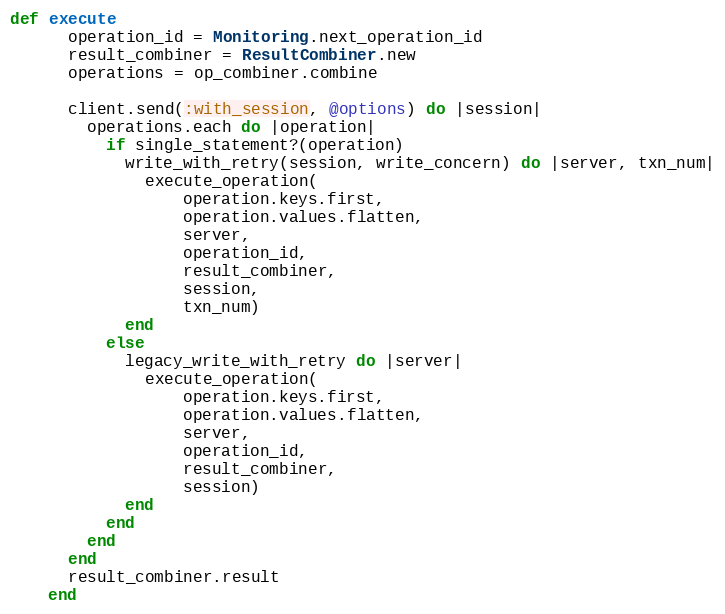
Language: Ruby
def execute
      operation_id = Monitoring.next_operation_id
      result_combiner = ResultCombiner.new
      operations = op_combiner.combine

      client.send(:with_session, @options) do |session|
        operations.each do |operation|
          if single_statement?(operation)
            write_with_retry(session, write_concern) do |server, txn_num|
              execute_operation(
                  operation.keys.first,
                  operation.values.flatten,
                  server,
                  operation_id,
                  result_combiner,
                  session,
                  txn_num)
            end
          else
            legacy_write_with_retry do |server|
              execute_operation(
                  operation.keys.first,
                  operation.values.flatten,
                  server,
                  operation_id,
                  result_combiner,
                  session)
            end
          end
        end
      end
      result_combiner.result
    end